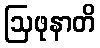
ဩဖုနာတိ